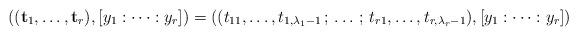
LaTeX: \begin{align*}\left((\mathbf t_1,\dots, \mathbf t_r),[y_1:\dots :y_r]\right) =\left( (t_{11},\dots, t_{1,\lambda _1-1}\, ;\, \dots \, ;\, t_{r1},\dots, t_{r,\lambda _r-1}),[y_1:\dots :y_r]\right)\end{align*}